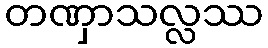
တဏှာသလ္လဿ